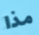
مذا